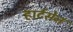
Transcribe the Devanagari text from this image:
हार्टसेन